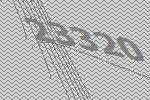
23320